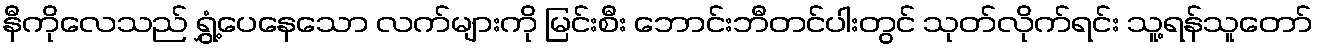
နီကိုလေသည် ရွှံ့ပေနေသော လက်များကို မြင်းစီး ဘောင်းဘီတင်ပါးတွင် သုတ်လိုက်ရင်း သူ့ရန်သူတော်